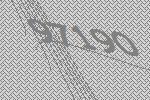
97190